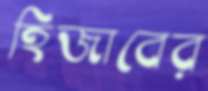
হিজাবের